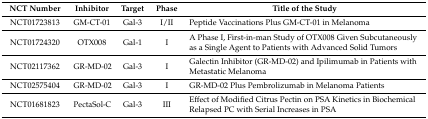
<table><thead><tr><td><b>NCT Number</b></td><td><b>Inhibitor</b></td><td><b>Target</b></td><td><b>Phase</b></td><td><b>Title of the Study</b></td></tr></thead><tbody><tr><td>NCT01723813</td><td>GM-CT-01</td><td>Gal-3</td><td>I/II</td><td>Peptide Vaccinations Plus GM-CT-01 in Melanoma</td></tr><tr><td>NCT01724320</td><td>OTX008</td><td>Gal-1</td><td>I</td><td>A Phase I, First-in-man Study of OTX008 Given Subcutaneously as a Single Agent to Patients with Advanced Solid Tumors</td></tr><tr><td>NCT02117362</td><td>GR-MD-02</td><td>Gal-3</td><td>I</td><td>Galectin Inhibitor (GR-MD-02) and Ipilimumab in Patients with Metastatic Melanoma</td></tr><tr><td>NCT02575404</td><td>GR-MD-02</td><td>Gal-3</td><td>I</td><td>GR-MD-02 Plus Pembrolizumab in Melanoma Patients</td></tr><tr><td>NCT01681823</td><td>PectaSol-C</td><td>Gal-3</td><td>III</td><td>Effect of Modified Citrus Pectin on PSA Kinetics in Biochemical Relapsed PC with Serial Increases in PSA</td></tr></tbody></table>